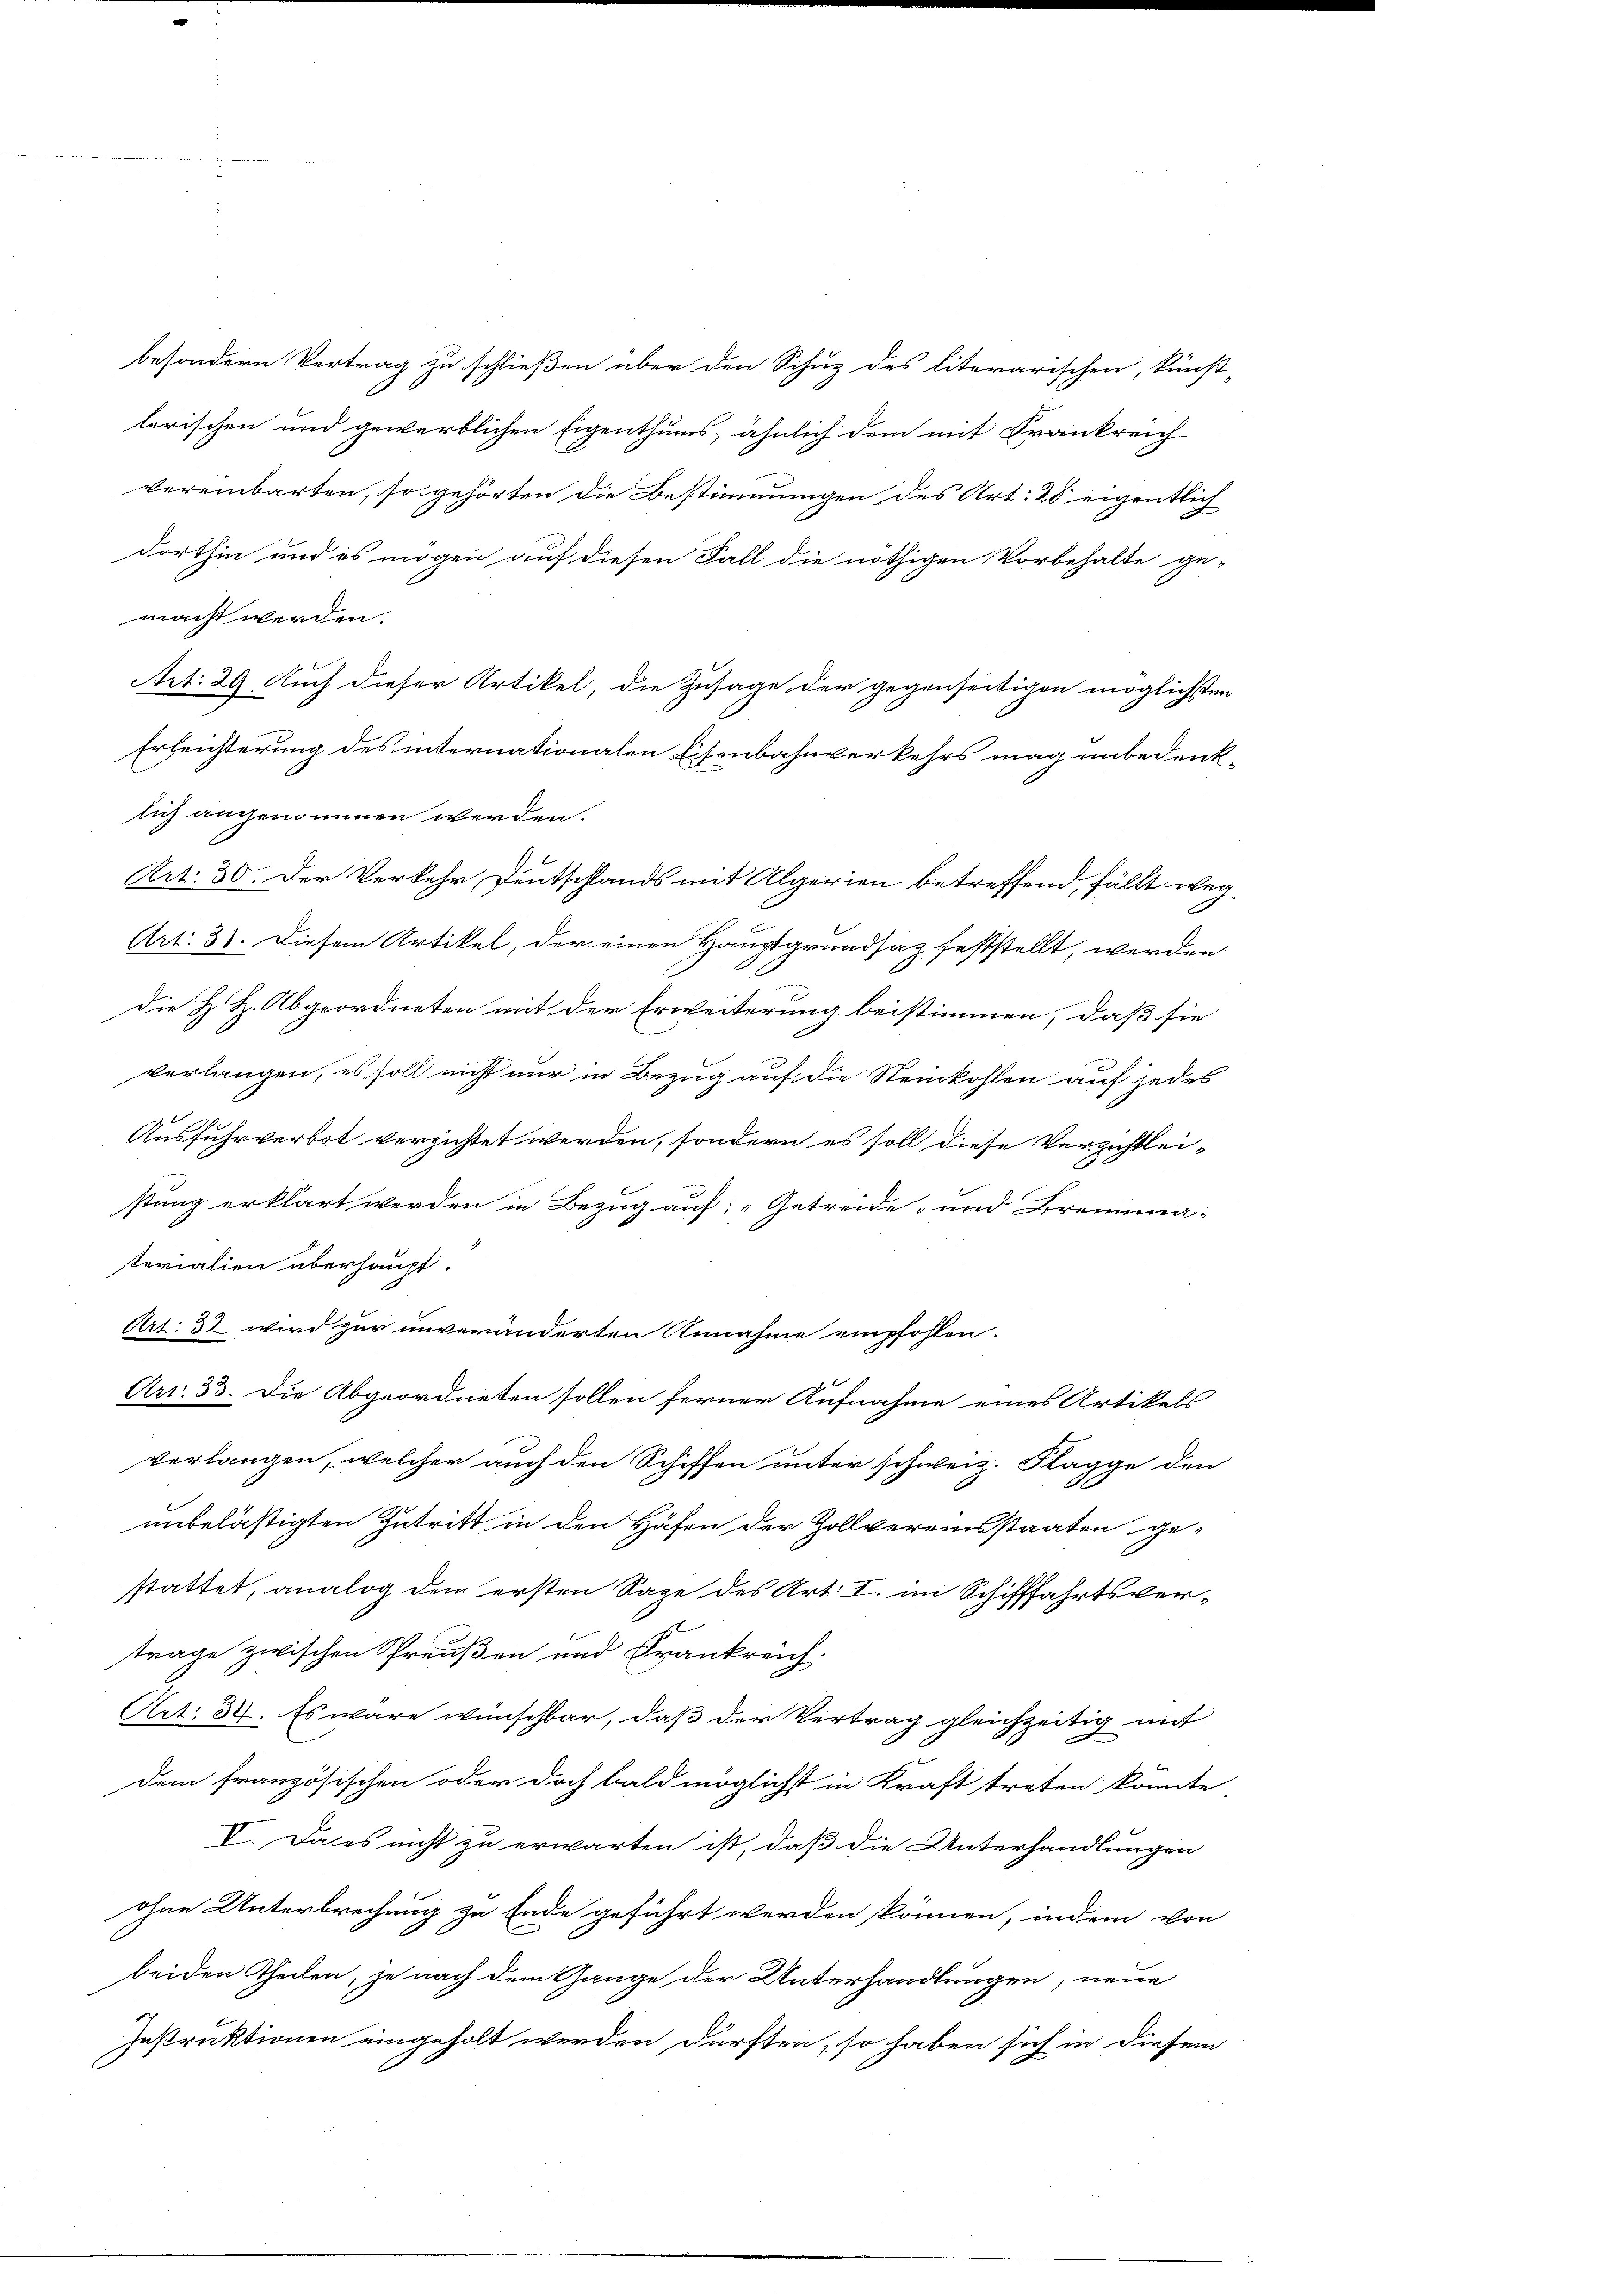
dorthin und es mögen auf diesen Fall die nöthigen Vorbehalte ge-
lich angenommen werden.
Art. 30. Der Verkehr Deutschlands mit Algerien betreffend, fällt weg¬
Art. 31. Diesem Artikel, der einen Hauptgrundsaz feststellt, werden
die H. H. Abgeordneten mit der Erweiterung beistimmen, daß sie
verlangen, es soll nicht nur in Bezug auf die Steinkohlen auf jedes
Ausfuhrverbot verzichtet werden, sondern es soll diese Verzichtlei-
stung erklärt werden in Bezug auf: „Getreide- und Brennma-
terialien überhaupt.
Art: 37 wird zur unveränderten Annahme empfohlen.
Art. 33. Die Abgeordneten sollen ferner Aufnahme eines Artikels
verlangen, welcher auch den Schiffen unter schweiz. Flagge den
unbelästigten Zutritt in den Höfen der Zollvereinsstaaten ge-
stattet, analog dem ersten Sage des Art. I. im Schifffahrtsver-
träge zwischen Preußen und Frankreich.
Art. 34. Es wäre wünschbar, daß der Vertrag gleichzeitig mit
dem französischen oder doch bald möglichst in Kraft treten könnte,
V. Da es nicht zu erwarten ist, daß die Unterhandlungen
ohne Unterbrechung zu Ende geführt werden können, indem von
beiden Theilen, je nach dem Gange der Unterhandlungen, neue
Instruktionen eingeholt werden dürften, so haben sich in diesem

macht werden.
Art. 29. Auch dieser Artikel, die Zusage der gegenseitigen möglichsten
Erleichterung des internationalen Eisenbahnverkehrs mag unbedenk-

besondern Vertrag zu schließen über den Schuz des literarischen, kunst-
lerischen und gewerblichen Eigenthums, ähnlich dem mit Krankreich
vereinbarten, so gehörten die Bestimmungen des Art: 25 eigentlich